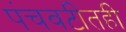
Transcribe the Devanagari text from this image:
पंचवटीतही